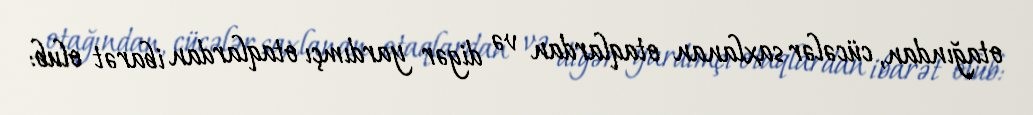
otağından, cücələr saxlanan otaqlardan və digər yardımçı otaqlardan ibarət olub: